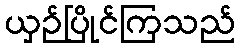
ယှဉ်ပြိုင်ကြသည်